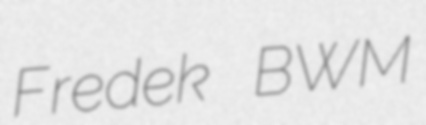
Fredek BWM